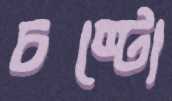
চষ্টো